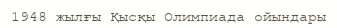
1948 жылғы Қысқы Олимпиада ойындары